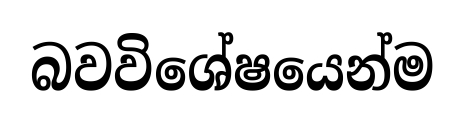
බවවිශේෂයෙන්ම